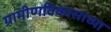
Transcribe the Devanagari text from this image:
ग्रामीणविकासाच्या